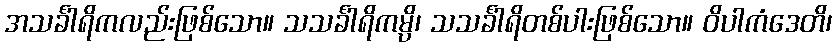
အသင်္ခါရိကလည်းဖြစ်သော။ သသင်္ခါရိကမ္ပိ၊ သသင်္ခါရိတစ်ပါးဖြစ်သော။ ဝိပါကံဒေတိ၊